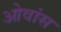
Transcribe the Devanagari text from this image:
ओवांस